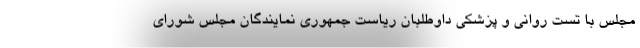
مجلس با تست روانی و پزشکی داوطلبان ریاست جمهوری نمایندگان مجلس شورای